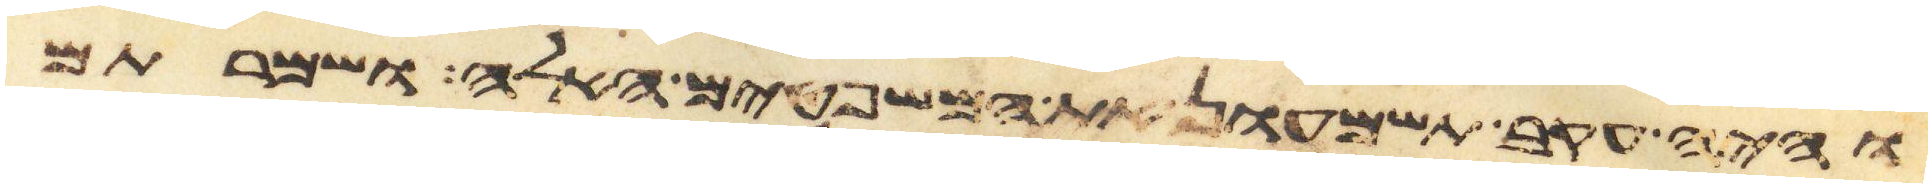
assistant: והיה עקב תשמעון את המשפטים האלה ושמרתם